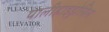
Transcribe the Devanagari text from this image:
पालीहाइड्रोसिस